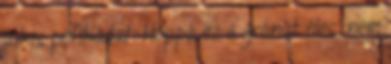
a kis pofikádat. Hoppá ez a gránát éles, nem